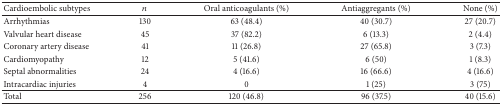
<table><thead><tr><td><b>Cardioembolic subtypes</b></td><td><b><i>n</i></b></td><td><b>Oral anticoagulants (%)</b></td><td><b>Antiaggregants (%)</b></td><td><b>None (%)</b></td></tr></thead><tbody><tr><td>Arrhythmias</td><td>130</td><td>63 (48.4)</td><td>40 (30.7)</td><td>27 (20.7)</td></tr><tr><td>Valvular heart disease</td><td>45</td><td>37 (82.2)</td><td>6 (13.3)</td><td>2 (4.4)</td></tr><tr><td>Coronary artery disease</td><td>41</td><td>11 (26.8)</td><td>27 (65.8)</td><td>3 (7.3)</td></tr><tr><td>Cardiomyopathy</td><td>12</td><td>5 (41.6)</td><td>6 (50)</td><td> 1 (8.3)</td></tr><tr><td>Septal abnormalities</td><td>24</td><td>4 (16.6)</td><td>16 (66.6)</td><td>4 (16.6)</td></tr><tr><td>Intracardiac injuries</td><td>4</td><td>0</td><td>1 (25)</td><td>3 (75)</td></tr><tr><td>Total</td><td>256</td><td>120 (46.8)</td><td>96 (37.5)</td><td>40 (15.6)</td></tr></tbody></table>